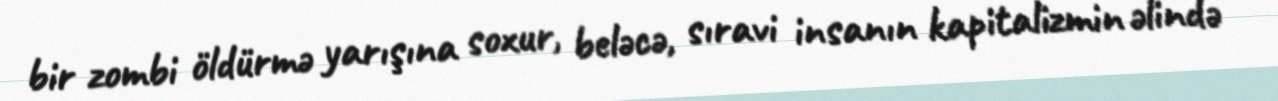
bir zombi öldürmə yarışına soxur, beləcə, sıravi insanın kapitalizmin əlində